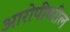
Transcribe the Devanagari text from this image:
आरोपीवरील